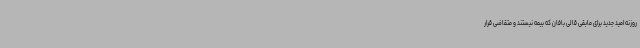
روزنه امید جدید برای مابقی قالی بافان که بیمه نیستند و متقاضی قرار